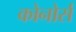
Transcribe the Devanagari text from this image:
कोनोर्स